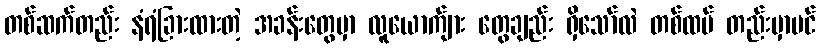
တစ်ဆက်တည်း နံရံခြားထားတဲ့ အခန်းတွေမှာ လူယောက်ျား တွေချည်း ရှိသော်လဲ တစ်ထပ် တည်းမှာပင်